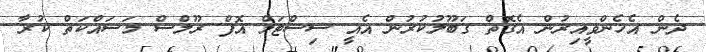
ދެން އެހެންވީއިރުން އެގޮތް ގަބޫލުކުރުން އެއީ ސިސްޓަމް އޮފް ރޫލްސް މަސައްކަތް ކުރާ